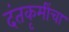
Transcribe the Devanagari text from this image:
दंतकृमींचा